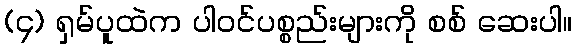
(၄) ရှမ်ပူထဲက ပါဝင်ပစ္စည်းများကို စစ် ဆေးပါ။